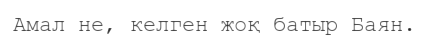
Амал не, келген жоқ батыр Баян.